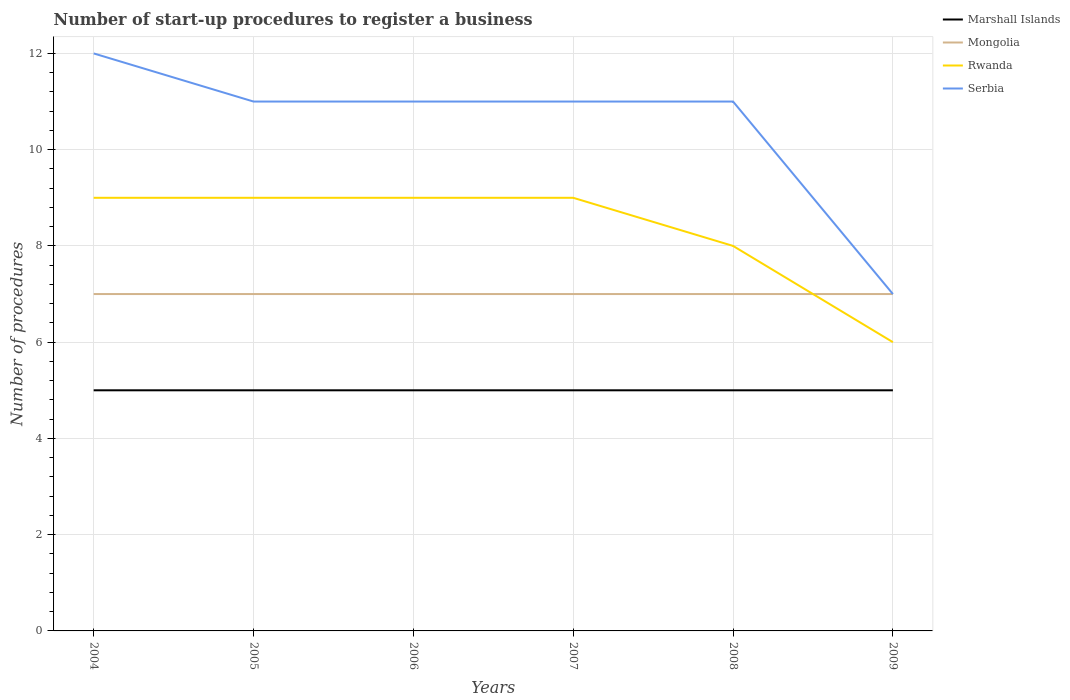
| Years | Marshall Islands | Mongolia | Rwanda | Serbia |
 | --- | --- | --- | --- | --- |
 | 2004 | 5 | 7 | 9 | 12 |
 | 2005 | 5 | 7 | 9 | 11 |
 | 2006 | 5 | 7 | 9 | 11 |
 | 2007 | 5 | 7 | 9 | 11 |
 | 2008 | 5 | 7 | 8 | 11 |
 | 2009 | 5 | 7 | 6 | 7 |